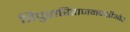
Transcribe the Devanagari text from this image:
त्रिपुरारिराजनगरीऔर